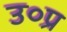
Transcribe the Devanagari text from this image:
उ०प्र